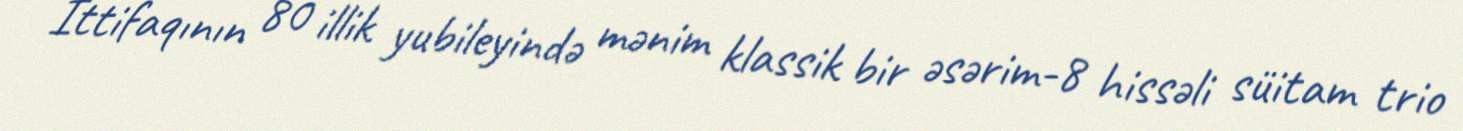
İttifaqının 80 illik yubileyində mənim klassik bir əsərim-8 hissəli süitam trio